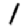
Digit: 1